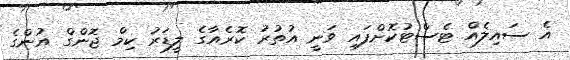
އެ ސައިލެއް ޓެސްޓުކޮށްފައި ވަނީ އުތުރު ކޮރެއާގެ ލީޑަރު ކިމް ޖޮންގް އުންގެ